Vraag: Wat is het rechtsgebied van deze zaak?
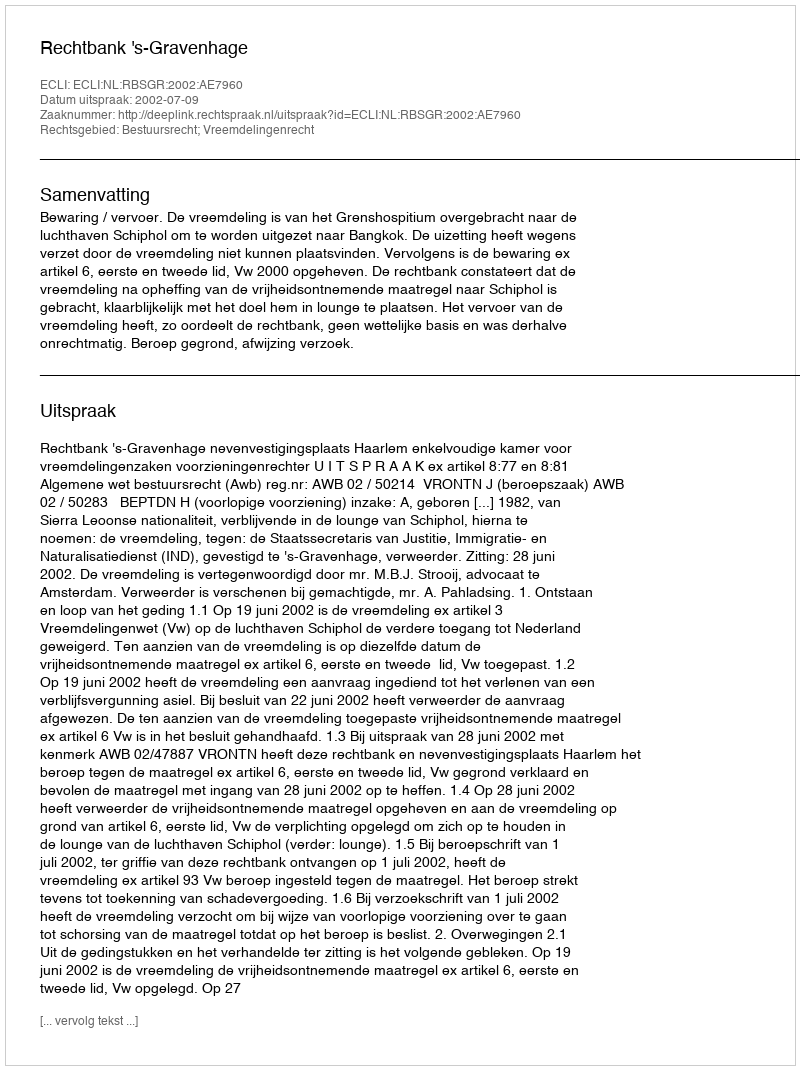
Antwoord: Bestuursrecht; Vreemdelingenrecht